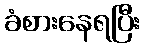
ခံစားနေရပြီး